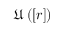
\mathfrak { U } \left( \left[ r \right] \right)